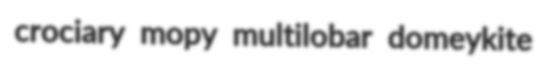
crociary mopy multilobar domeykite